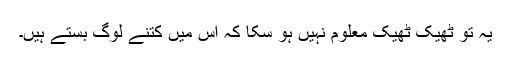
یہ تو ٹھیک ٹھیک معلوم نہیں ہو سکا کہ اس میں کتنے لوگ بستے ہیں۔